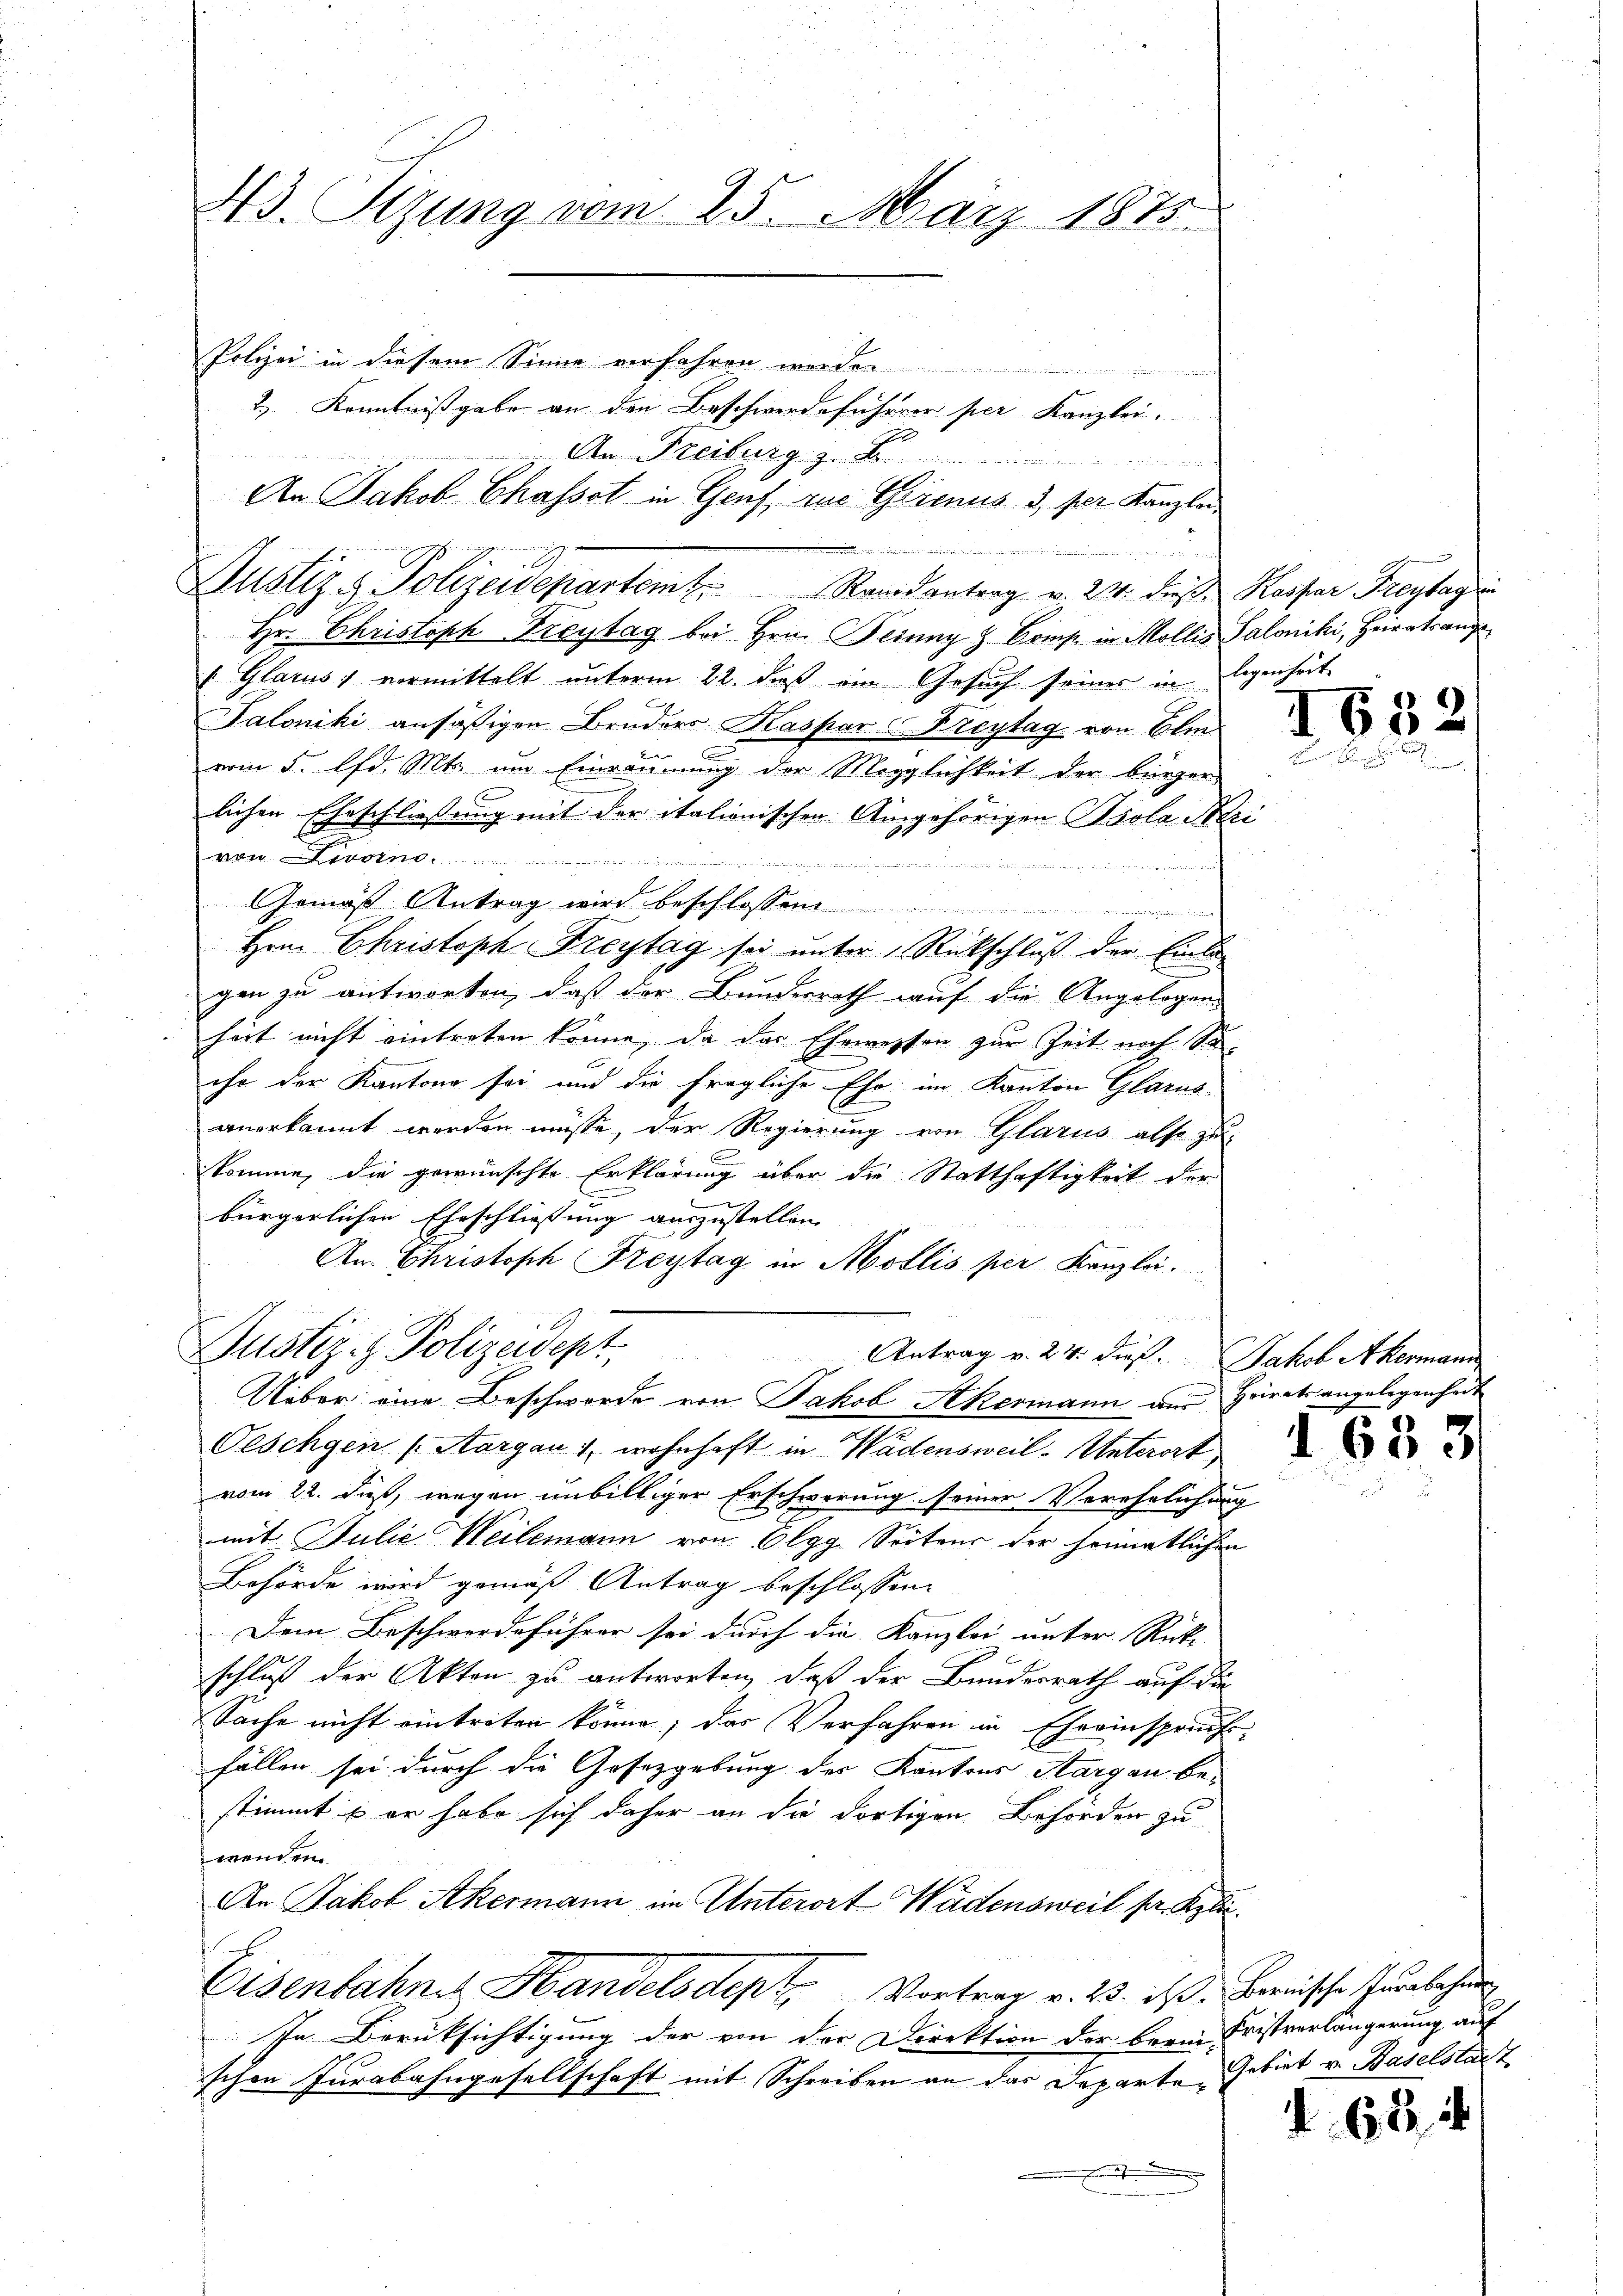
43. Sizung vom 25. März 1875.

de

Polizei in diesem Sinne verfahren werden.
e
& Kenntnißgabe an den Beschwerdeführer per Kanzlei.
Dem Freiburg zu de
An Jakob Chasset in Genf, zur Genus 3, ser Kanzlei
Justiz & Polizeidepartem Randantrag v. 24. dieß Kaspar Freytagii
Hr. Christoph Freytag bei Hrn. Beinng & Comp. in Mollis Saloniki, Heiratsange¬
 Glarus 1 vormittelt unterm 22. daß ein Gesuch seiner in legenheit
Saloniki ansäßigen Bruders Kaspar Freytag von Ote
e
vom 5. d. Mts. um Einräumung der Möglichkeit der bürger
s
lichen Eheschließung mit der italionischen Ausgehörigen Psola Mari
ven erren

Gemäß Antrag wird beschlossen
Hrn. Christoph Freytag sei unter Rückschluß der Einla
gen zu antworten, daß der Bundesrath auf die Angelegen-
heit nicht eintreten könne, da das Ehemessen zur Zeit noch Soihr der Kantone sei und die fragliche Ehe im Kanton Glarus
anerkannt werden müsse, der Regierung von Glarus also zu
komme, die gewünschte Erklärung über die Statthaftigkeit der
un
bürgerlichen Eheschließung auszustellen.
An Christoph Freytag in Mollis per Kanzlei,
Justiz- & Polizeidept
Antrag v. 24. dieß Jakob Akermann
Ueber eine Beschwerde von Jakob Stkermann aus Heirats angelegenheit
Teschgen (Aargau 1, wohnhaft in Wädensweil-Unterort
vom 22. dieß, wegen unbilliger Erschwerung seiner Verehelichung
mit Julie Weilemann von Elgg. Seitens der heimatlichen
Behörde wird gemäß Antrag beschlossen.
Dem Beschwerdeführer sei durch die Kanzlei unter Rück- |
schluß der Akten zu antworten, daß der Bundesrath auf die
Sache nicht eintreten könne; das Verfahren in Eheeinspruch
fällen sei durch die Gesetzgebung des Kantons Aargau be-
stimmt & er habe sich daher an die dortigen Behörden zu
wenden
An Jakob Akermann im Unterort Wädensweil pr. Kle
f

Eisenbahnen Handelsdept Vortrag v. 23. d. Bernische Jura beher
In Berüksichtigung der von der Direktion der brein Fristverlängerung auf
schen Jurabahngesellschaft mit Schreiben an das Departe Gebiet v. Baselstatt

1632

1683

62 f